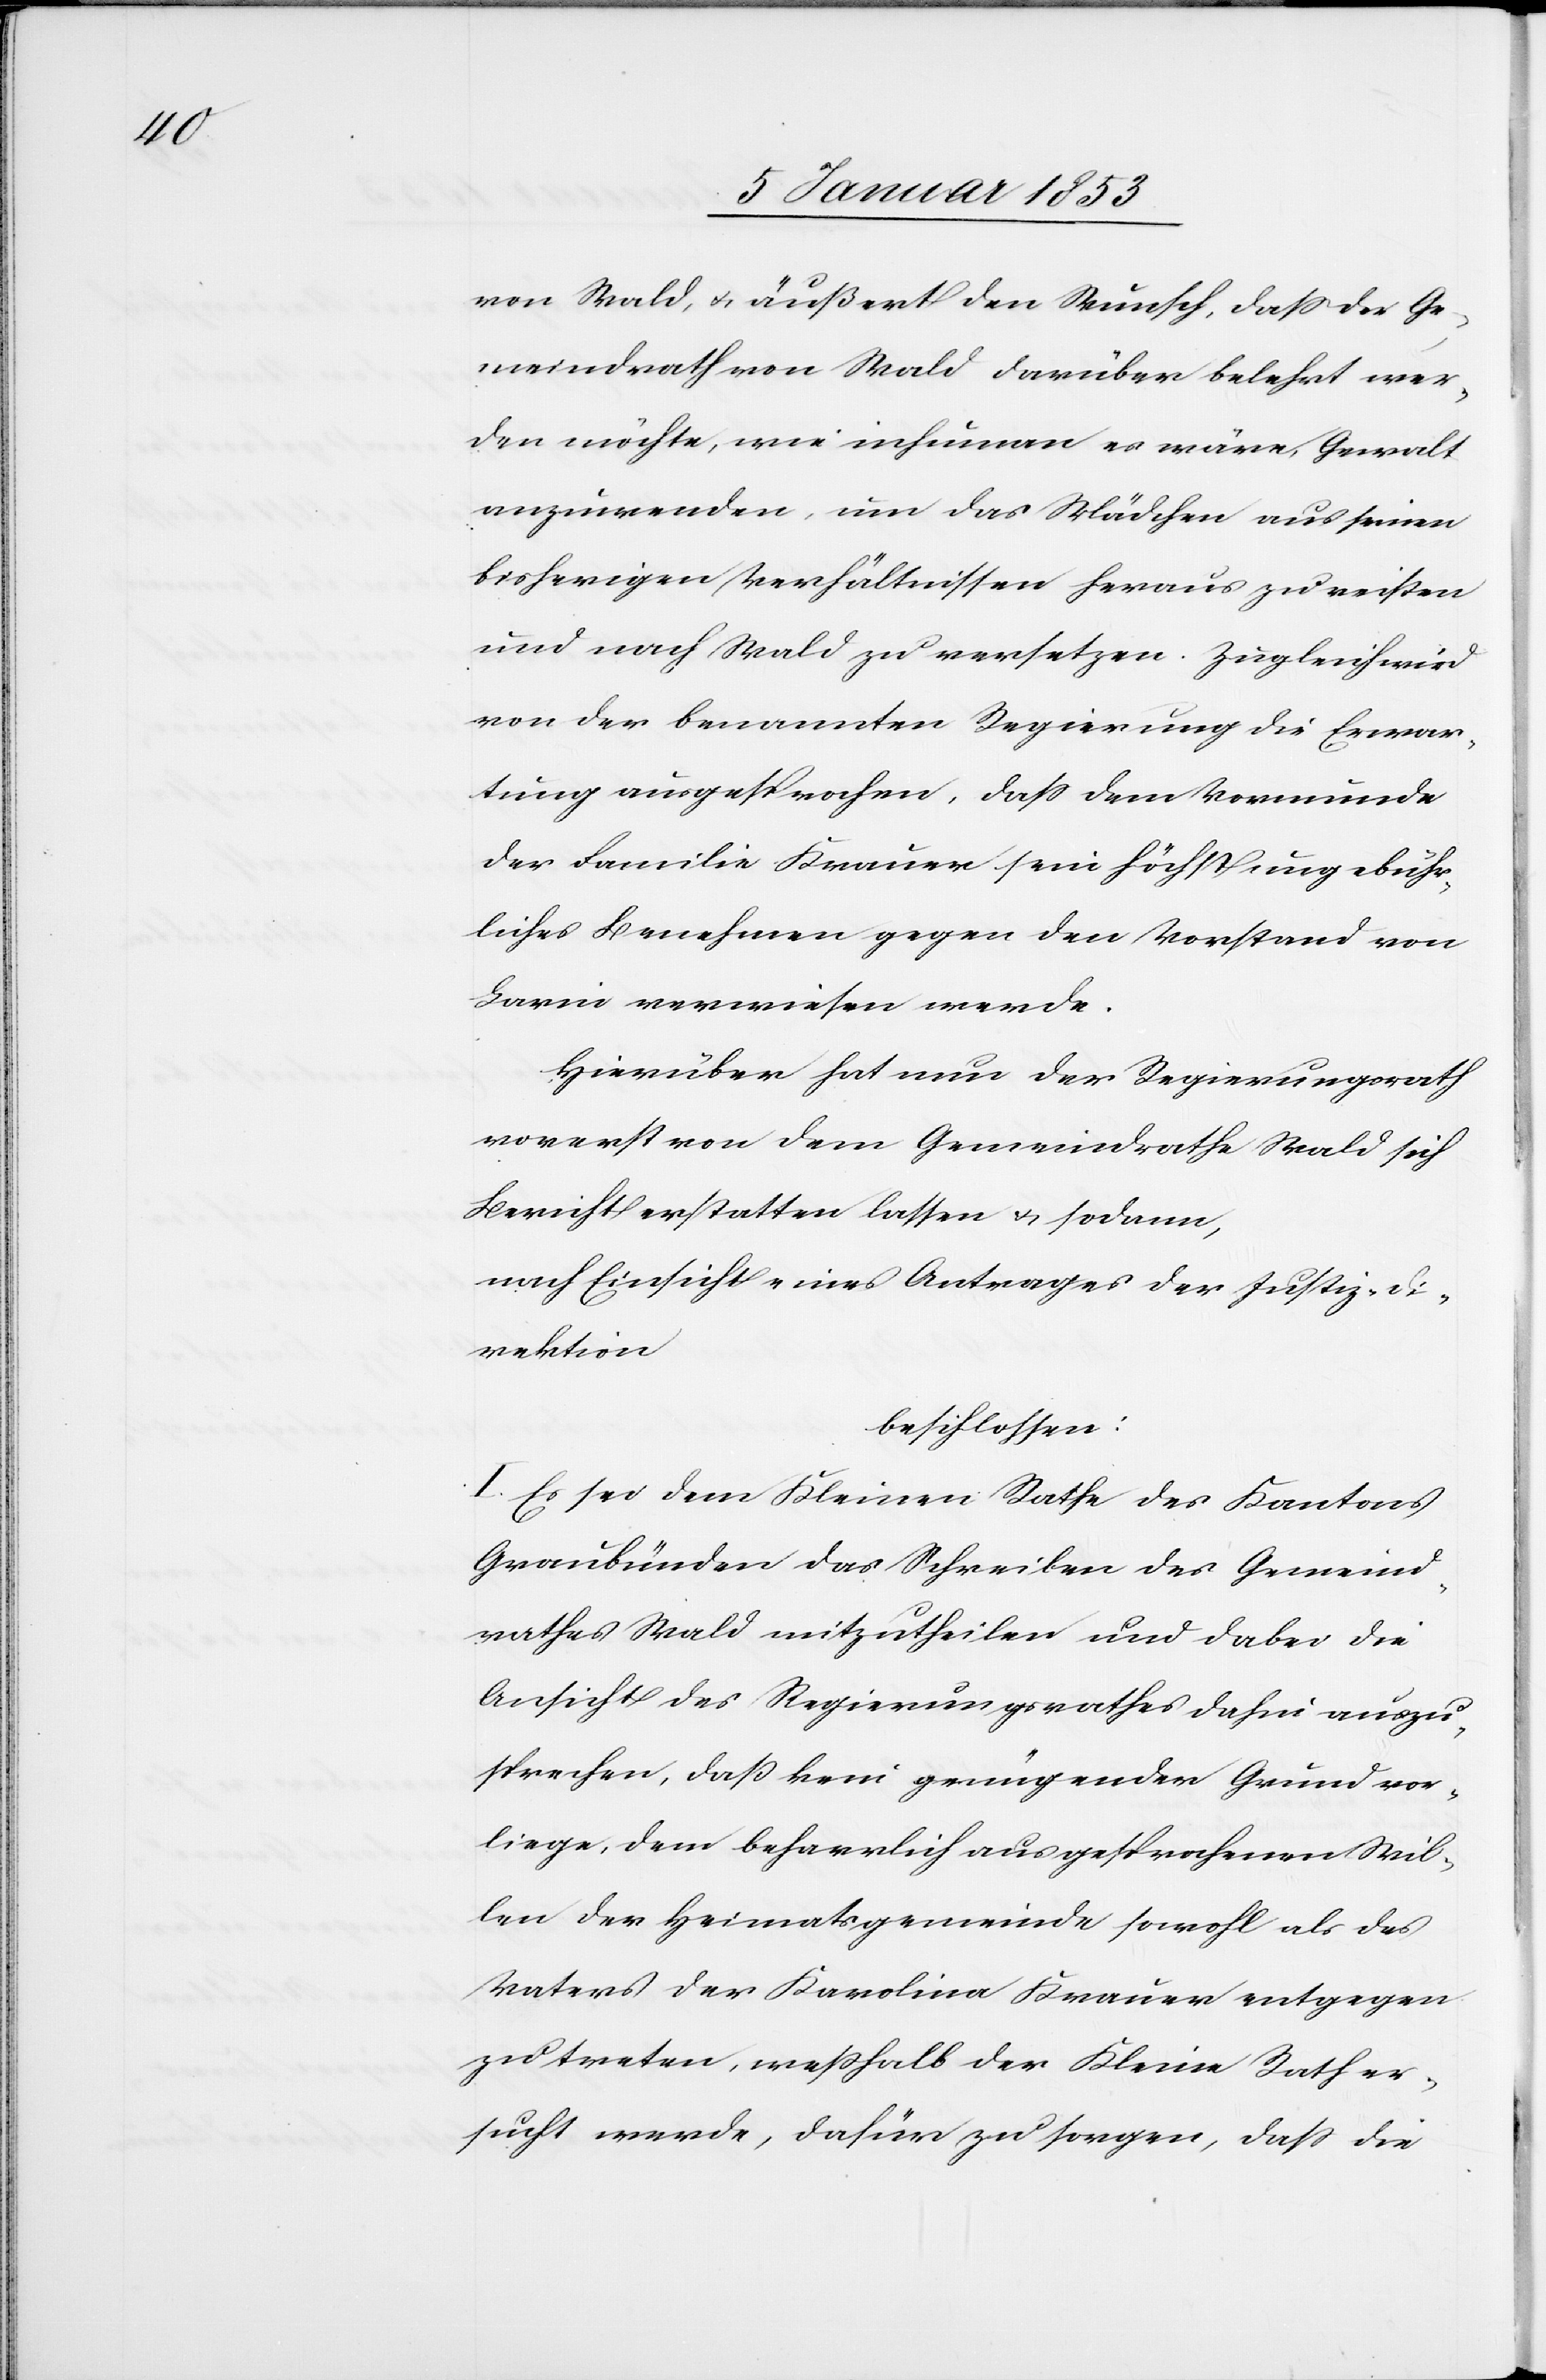
von Wald, u. äußert den Wunsch, daß der Ge¬
meindrath von Wald darüber belehrt wer¬
den möchte, wie inhuman es wäre, Gewalt
anzuwenden, um das Mädchen aus seinen
bisherigen Verhältnissen heraus zu reissen
und nach Wald zu versetzen. Zugleich wird
von der benannten Regierung die Erwar¬
tung ausgesprochen, daß dem Vormunde
der Familie Krauer sein höchst ungebühr¬
liches Benehmen gegen den Vorstand von
Lavin verwiesen werde.
Hierüber hat nur der Regierungsrath
vorerst von dem Gemeindrathe Wald sich
Bericht erstatten lassen u. sodann,
nach Einsicht eines Antrages der Justiz-Di¬
rektion
beschlossen:
I. Es sei dem Kleinen Rathe des Kantons
Graubünden das Schreiben des Gemeind¬
rathes Wald mitzutheilen und dabei die
Ansicht des Regierungsrathes dahin auszu¬
sprechen, daß kein genügender Grund vor¬
liege, dem beharrlich ausgesprochenen Wil¬
len der Heimatsgemeinde sowohl als des
Vaters der Karolina Krauer entgegen
zu treten, weßhalb der Kleine Rath er¬
sucht werde, dafür zu sorgen, daß die